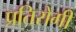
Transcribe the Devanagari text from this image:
प्रतिरोगी